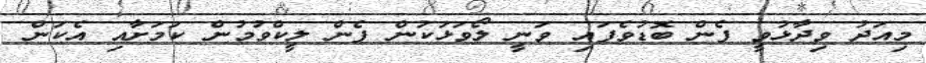
މިއަދު ވިދާޅުވީ ފެން ބޮޑުވެފައި ވަނީ ލޯވަޅަކުން ފެން ލީކްވުމުން ކަމަށާއި އެކަން